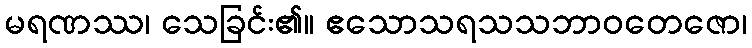
မရဏဿ၊ သေခြင်း၏။ ဧသောသရသသဘာဝတေဇော၊